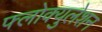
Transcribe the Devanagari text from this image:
फ्लोक्युलेशन